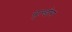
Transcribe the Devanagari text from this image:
बुल्डोग